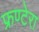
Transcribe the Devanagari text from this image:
फ्रण्टेरा